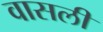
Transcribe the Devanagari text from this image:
वासली